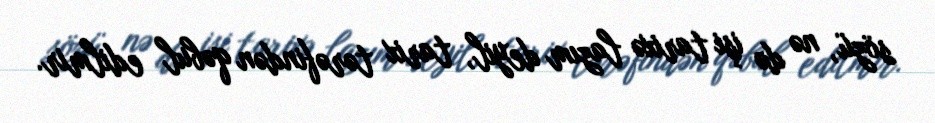
sözü, nə də işi tarixə lazım deyil, tarix tərəfindən qəbul edilmir.